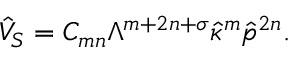
\hat { V } _ { S } = C _ { m n } \Lambda ^ { m + 2 n + \sigma } \hat { \kappa } ^ { m } \hat { p } ^ { 2 n } .